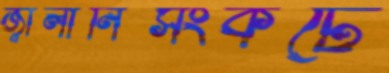
জ্বালানিসংকটে